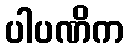
ပါပဏိက